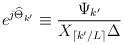
LaTeX: \begin{align*}e^{j \widehat{\Theta}_{k^\prime}}\equiv \frac{\Psi_{k^\prime}}{X_{\lceil k^\prime / L \rceil } \Delta} \end{align*}